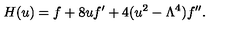
H ( u ) = f + 8 u f ^ { \prime } + 4 ( u ^ { 2 } - \Lambda ^ { 4 } ) f ^ { \prime \prime } .